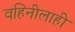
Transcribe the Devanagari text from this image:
वहिनीलाही